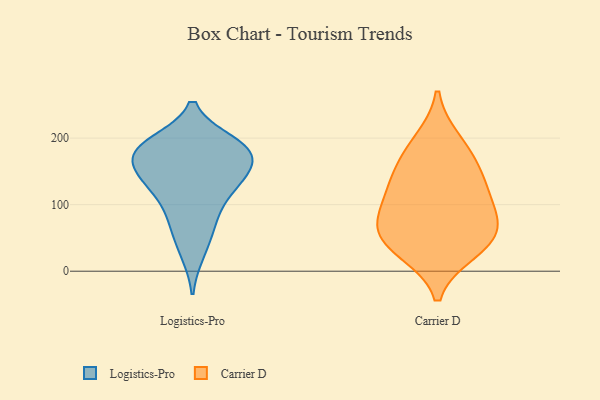
{"axis": {"x": "Budget (USD K)", "y": "Value"}, "legend": ["Carrier D", "Logistics-Pro"], "data": [{"x": "", "y": 75, "type": "Logistics-Pro"}, {"x": "", "y": 27, "type": "Logistics-Pro"}, {"x": "", "y": 147, "type": "Logistics-Pro"}, {"x": "", "y": 185, "type": "Logistics-Pro"}, {"x": "", "y": 170, "type": "Logistics-Pro"}, {"x": "", "y": 119, "type": "Logistics-Pro"}, {"x": "", "y": 190, "type": "Logistics-Pro"}, {"x": "", "y": 120, "type": "Logistics-Pro"}, {"x": "", "y": 193, "type": "Logistics-Pro"}, {"x": "", "y": 68, "type": "Logistics-Pro"}, {"x": "", "y": 155, "type": "Logistics-Pro"}, {"x": "", "y": 171, "type": "Logistics-Pro"}, {"x": "", "y": 187, "type": "Logistics-Pro"}, {"x": "", "y": 133, "type": "Logistics-Pro"}, {"x": "", "y": 100, "type": "Carrier D"}, {"x": "", "y": 195, "type": "Carrier D"}, {"x": "", "y": 136, "type": "Carrier D"}, {"x": "", "y": 40, "type": "Carrier D"}, {"x": "", "y": 131, "type": "Carrier D"}, {"x": "", "y": 170, "type": "Carrier D"}, {"x": "", "y": 84, "type": "Carrier D"}, {"x": "", "y": 57, "type": "Carrier D"}, {"x": "", "y": 60, "type": "Carrier D"}, {"x": "", "y": 31, "type": "Carrier D"}]}